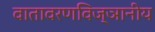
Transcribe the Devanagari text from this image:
वातावरणविज्ञानीय